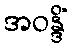
အဝန္ဒိံ